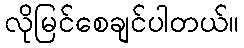
လိုမြင်စေချင်ပါတယ်။